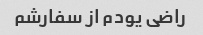
راضی یودم از سفارشم